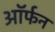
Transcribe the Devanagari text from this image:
ऑर्फन